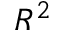
R ^ { 2 }